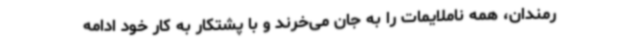
رمندان، همه ناملایمات را به جان می‌خرند و با پشتکار به کار خود ادامه